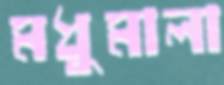
মধুমালা